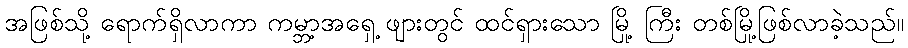
အဖြစ်သို့ ရောက်ရှိလာကာ ကမ္ဘာ့အရှေ့ ဖျားတွင် ထင်ရှားသော မြို့ ကြီး တစ်မြို့ဖြစ်လာခဲ့သည်။